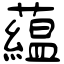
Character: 藴